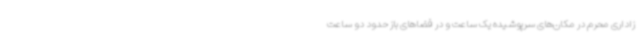
زاداری محرم در مکان‌های سرپوشیده یک ساعت و در فضاهای باز حدود دو ساعت